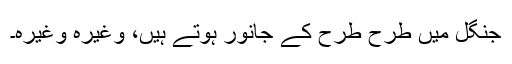
جنگل میں طرح طرح کے جانور ہوتے ہیں، وغیرہ وغیرہ۔